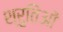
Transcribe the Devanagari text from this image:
श्रुतिओं